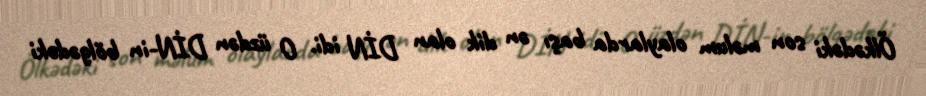
Ölkədəki son məlum olaylarda başı ən dik olan DİN idi. O üzdən DİN-in bölgədəki